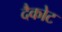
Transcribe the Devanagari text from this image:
दैकोट